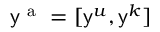
\mathsf { y } ^ { \mathrm { ~ a ~ } } = [ \mathsf { y } ^ { u } , \mathsf { y } ^ { k } ]